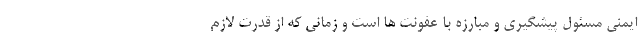
ایمنی مسئول پیشگیری و مبارزه با عفونت ها است و زمانی که از قدرت لازم